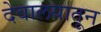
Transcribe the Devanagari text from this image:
देवालयातून